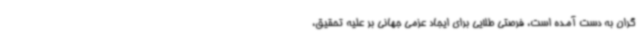
گران به دست آمده است، فرصتی طلایی برای ایجاد عزمی جهانی بر علیه تحقیق،